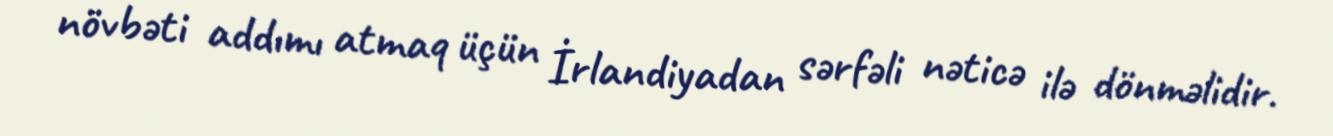
növbəti addımı atmaq üçün İrlandiyadan sərfəli nəticə ilə dönməlidir.